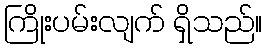
ကြိုးပမ်းလျက် ရှိသည်။